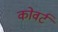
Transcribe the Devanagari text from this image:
कोवर्ट